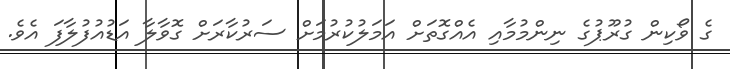
ގެ ވޯކިން ގުރޫޕުގެ ނިންމުމާއި އެއްގޮތަށް އަމަލުކުރުމަށް ސަރުކާރަށް ގޮވާލާ އަޑުއުފުލާފަ އެވެ.